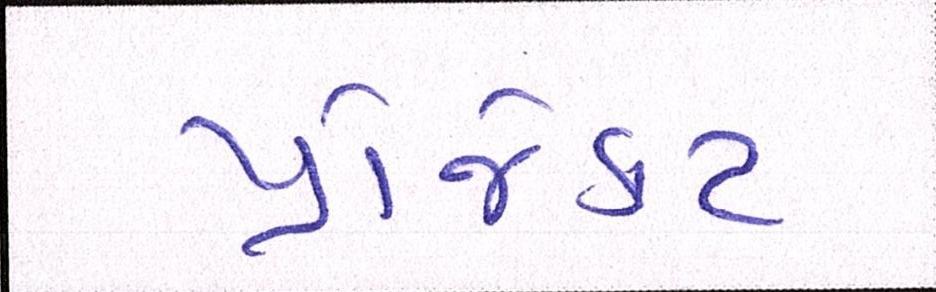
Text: પ્રોજેકટ